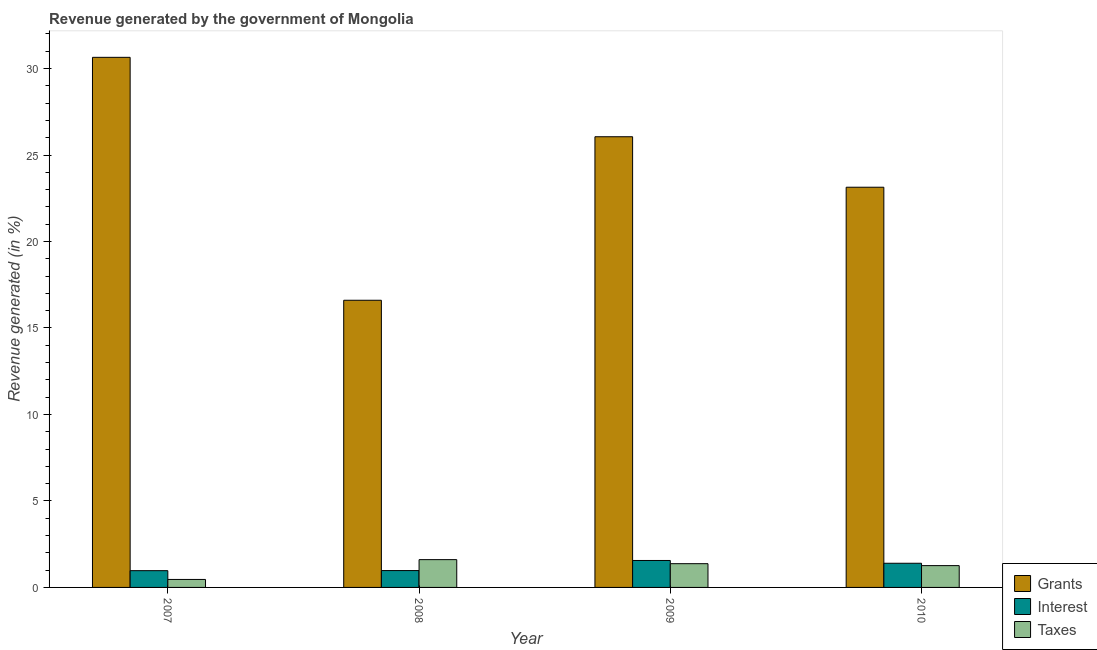
| Year | Grants | Interest | Taxes |
 | --- | --- | --- | --- |
 | 2007 | 30.6 | 0.969 | 0.462 |
 | 2008 | 16.6 | 0.974 | 1.61 |
 | 2009 | 26.1 | 1.56 | 1.37 |
 | 2010 | 23.1 | 1.4 | 1.26 |